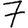
Digit: 7